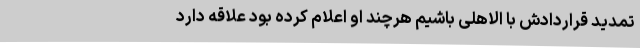
تمدید قراردادش با الاهلی باشیم هرچند او اعلام کرده بود علاقه دارد